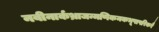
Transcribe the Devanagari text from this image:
नवीनार्कभ्राजन्मणिकनकभूषापरिकरै